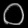
Digit: ၀